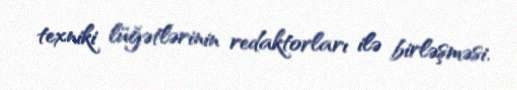
texniki lüğətlərinin redaktorları ilə birləşməsi.